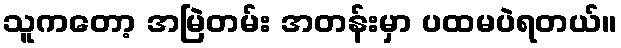
သူကတော့ အမြဲတမ်း အတန်းမှာ ပထမပဲရတယ်။